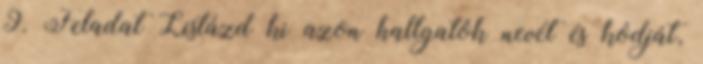
9. Feladat Listázd ki azon hallgatók nevét és kódját,